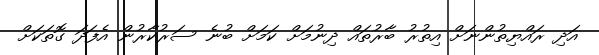
އަދި ރައްޔިތުންނަށް އިތުރު ބާރުތައް ދިނުމަށް ކަމަށް ބުނެ ސަރުކާރުން އެފަދަ ގޮތަކަށް